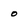
Character: O